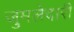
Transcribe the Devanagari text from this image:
जुमलेदारी